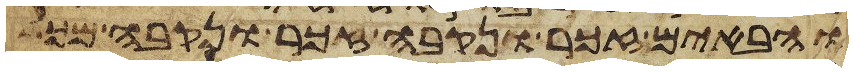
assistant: והבאים זכר ונקבה זכר ונקבה מכל